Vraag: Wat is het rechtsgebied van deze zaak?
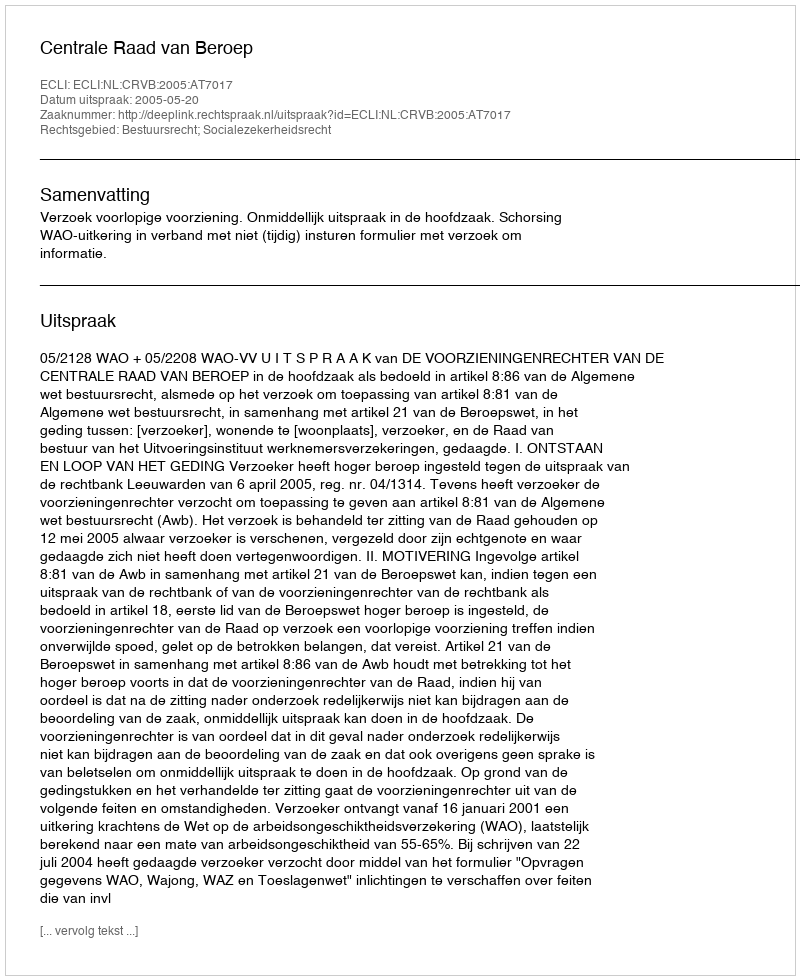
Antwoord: Bestuursrecht; Socialezekerheidsrecht